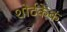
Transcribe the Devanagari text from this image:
शोर्टकेक